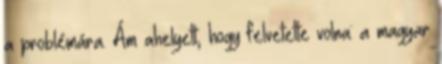
a problémára. Ám ahelyett, hogy felvetette volna: a magyar